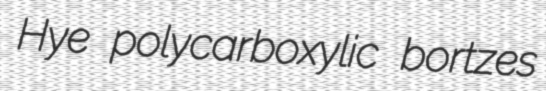
Hye polycarboxylic bortzes